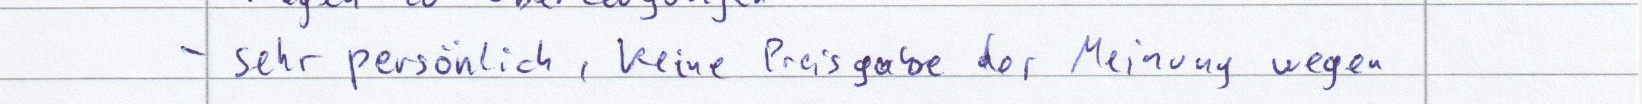
- sehr persönlich, keine Preisgabe der Meinung wegen